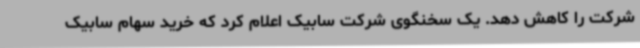
شرکت را کاهش دهد. یک سخنگوی شرکت سابیک اعلام کرد که خرید سهام سابیک